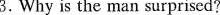
3.Why is the man surprised?